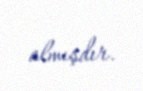
almışdır.